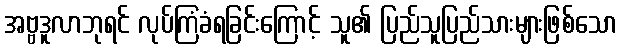
အဗ္ဗဒူလာဘုရင် လုပ်ကြံခံရခြင်းကြောင့် သူ၏ ပြည်သူပြည်သားများဖြစ်သော